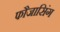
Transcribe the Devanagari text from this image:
फौजासिंग